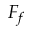
F _ { f }